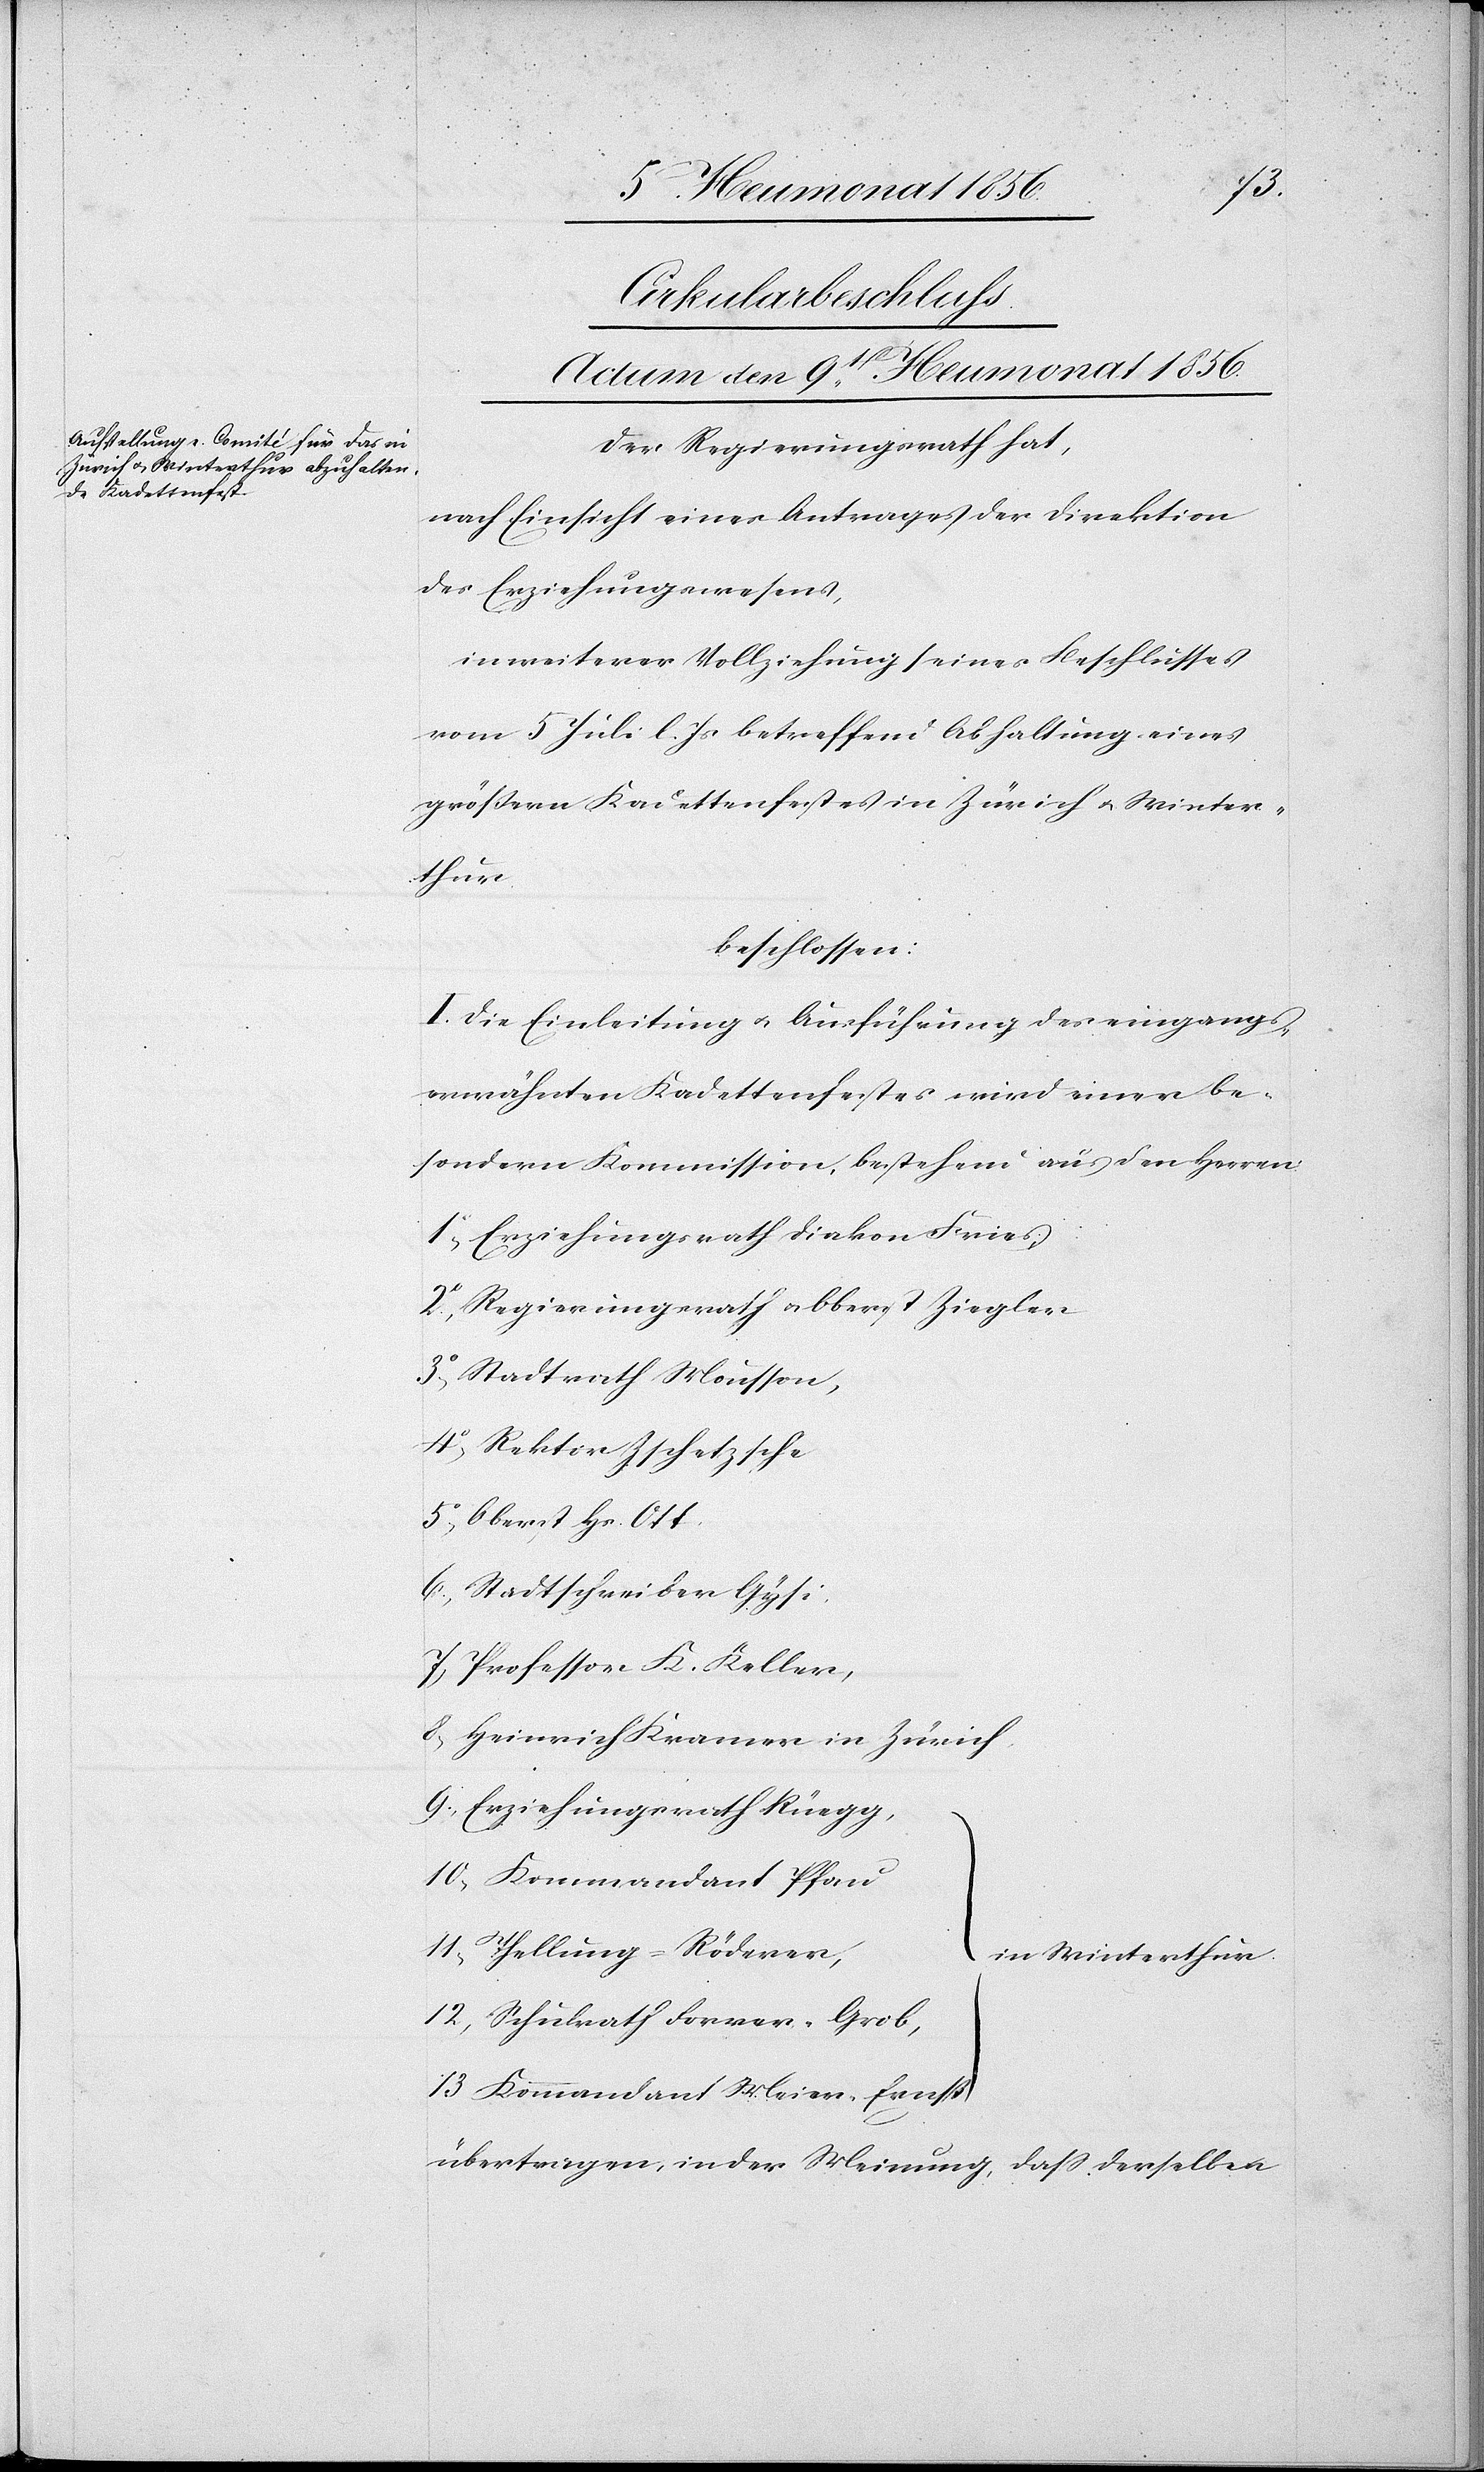
13.
Cirkularbeschluss.
Actum den 9t Heumonat 1856.
Der Regierungsrath hat,
nach Einsicht eines Antrages der Direktion
des Erziehungswesens,
in weiterer Vollziehung seines Beschlusses
vom 5 Juli l. Js betreffend Abhaltung eines
grössern Kadettenfestes in Zürich u. Winter¬
thur
beschlossen:
I. Die Einleitung u. Ausführung des eingangs¬
erwähnten Kadettenfestes wird einer be¬
sondern Kommission, bestehend aus den Herren:
Erziehungsrath Diakon Fries,
Regierungsrath u. Oberst Ziegler
Stadtrath Mousson,
Rektor Zschetzsche
Oberst Hs. Ott,
Stadtschreiber Gysi,
Professor K. Keller,
Heinrich Kramer in Zürich,
Erziehungsrath Rüegg,
Thellung-Röderer,
in Winterthur.
Schulrath Forrer-Grob,
Kommandant Meier-Ernß
übertragen, in der Meinung, dass derselben